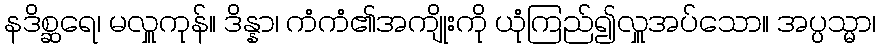
နဒိစ္ဆရေ၊ မလှူကုန်။ ဒိန္နာ၊ ကံကံ၏အကျိုးကို ယုံကြည်၍လှူအပ်သော။ အပ္ပသ္မာ၊